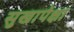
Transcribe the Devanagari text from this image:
सुखापेक्षा